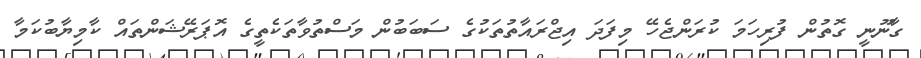
ގާނޫނީ ގޮތުން ފުރިހަމަ ކުރަންޖެހޭ މިފަދަ އިޖްރައާތުތަކުގެ ސަބަބުން މަސްތުވާތަކެތީގެ އޮޕަރޭޝަންތައް ކާމިޔާބުކަމާ